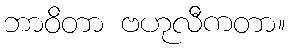
ဘာဝိတာ ဗဟုလီကတာ။